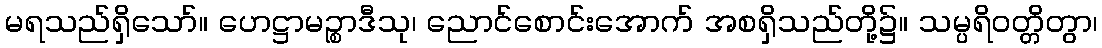
မရသည်ရှိသော်။ ဟေဋ္ဌာမဉ္စာဒီသု၊ ညောင်စောင်းအောက် အစရှိသည်တို့၌။ သမ္ပရိဝတ္တိတွာ၊